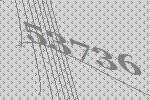
53736